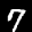
Label: 7